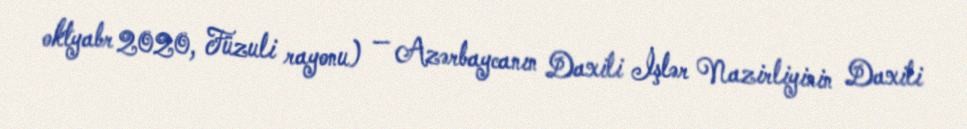
oktyabr 2020, Füzuli rayonu) — Azərbaycanın Daxili İşlər Nazirliyinin Daxili